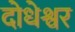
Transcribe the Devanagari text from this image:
दोधेश्वर